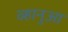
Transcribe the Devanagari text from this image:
व्हानुआ